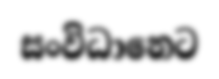
සංවිධානෙට